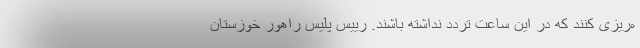
ه‌ریزی کنند که در این ساعت تردد نداشته باشند. رییس پلیس راهور خوزستان